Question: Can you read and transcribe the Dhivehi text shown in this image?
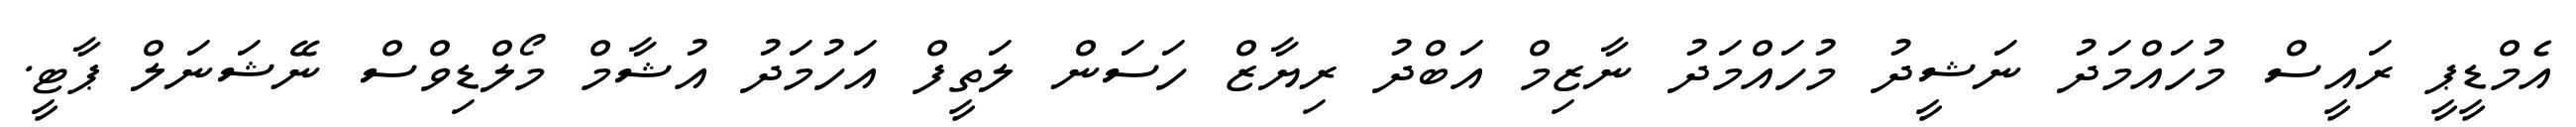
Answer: އެމްޑީޕީ ރައީސް މުހައްމަދު ނަޝީދު މުހައްމަދު ނާޒިމް އަބްދު ރިޔާޒް ހަސަން ލަތީފް އަހުމަދު އުޝާމް މޯލްޑިވްސް ނޭޝަނަލް ޕާޓީ.